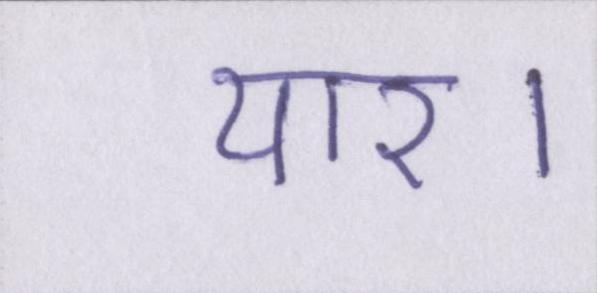
यार।